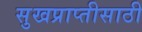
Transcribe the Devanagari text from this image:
सुखप्राप्तीसाठी